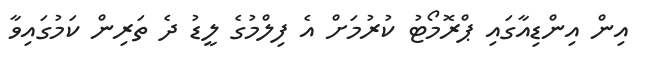
އިން އިންޑިއާގައި ޕްރޮމޯޓު ކުރުމަށް އެ ފިލްމުގެ ލީޑު ދެ ތަރިން ކަމުގައިވާ